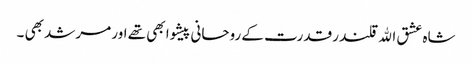
شاہ عشق اﷲ قلندر قدرت کے روحانی پیشوا بھی تھے اور مرشد بھی ۔